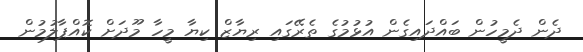
ދެން ދެމީހުން ބައްދައިގެން އުޅުމުގެ ތެރޭގައި ރިޔާޒް ކިޔާ މީހާ މޫދަށް ކޮއްޕާލުމުން